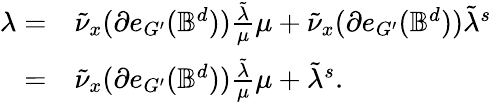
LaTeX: \begin{array}{rl}{\lambda=}&{\tilde{\nu}_{x}(\partial e_{G^{\prime}}(\mathbb{B}^{d}))\frac{\tilde{\lambda}}{\mu}\mu+\tilde{\nu}_{x}(\partial e_{G^{\prime}}(\mathbb{B}^{d}))\tilde{\lambda}^{s}}\\ {=}&{\tilde{\nu}_{x}(\partial e_{G^{\prime}}(\mathbb{B}^{d}))\frac{\tilde{\lambda}}{\mu}\mu+\tilde{\lambda}^{s}.}\end{array}